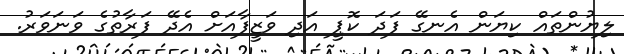
ލިޔުންތައް ކިޔަން އެނގޭ ފަދަ ކޮޕީ އަދި ވަޒީފާއަށް އެދޭ ފަރާތުގެ ވަނަވަރު.